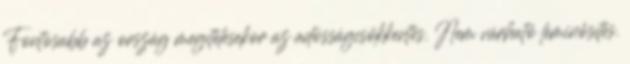
Fontosabb az ország megítélésekor az adósságcsökkentés. Nem várható leminősítés.